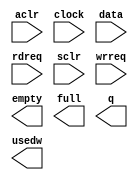
// This program was cloned from: https://github.com/cxdzyq1110/posture_recognition_CNN
// License: GNU General Public License v3.0

// megafunction wizard: %FIFO%VBB%
// GENERATION: STANDARD
// VERSION: WM1.0
// MODULE: scfifo 

// ============================================================
// Megafunction Name(s):
// 			scfifo
//
// Simulation Library Files(s):
// 			altera_mf
// ============================================================
// ************************************************************
// THIS IS A WIZARD-GENERATED FILE. DO NOT EDIT THIS FILE!
//
// 14.0.0 Build 200 06/17/2014 SJ Full Version
// ************************************************************

//Copyright (C) 1991-2014 Altera Corporation. All rights reserved.
//Your use of Altera Corporation's design tools, logic functions 
//and other software and tools, and its AMPP partner logic 
//functions, and any output files from any of the foregoing 
//(including device programming or simulation files), and any 
//associated documentation or information are expressly subject 
//to the terms and conditions of the Altera Program License 
//Subscription Agreement, the Altera Quartus II License Agreement,
//the Altera MegaCore Function License Agreement, or other 
//applicable license agreement, including, without limitation, 
//that your use is for the sole purpose of programming logic 
//devices manufactured by Altera and sold by Altera or its 
//authorized distributors.  Please refer to the applicable 
//agreement for further details.

module alt_fifo_4b_4096w (
	aclr,
	clock,
	data,
	rdreq,
	sclr,
	wrreq,
	empty,
	full,
	q,
	usedw);

	input	  aclr;
	input	  clock;
	input	[3:0]  data;
	input	  rdreq;
	input	  sclr;
	input	  wrreq;
	output	  empty;
	output	  full;
	output	[3:0]  q;
	output	[11:0]  usedw;

endmodule

// ============================================================
// CNX file retrieval info
// ============================================================
// Retrieval info: PRIVATE: AlmostEmpty NUMERIC "0"
// Retrieval info: PRIVATE: AlmostEmptyThr NUMERIC "-1"
// Retrieval info: PRIVATE: AlmostFull NUMERIC "0"
// Retrieval info: PRIVATE: AlmostFullThr NUMERIC "-1"
// Retrieval info: PRIVATE: CLOCKS_ARE_SYNCHRONIZED NUMERIC "0"
// Retrieval info: PRIVATE: Clock NUMERIC "0"
// Retrieval info: PRIVATE: Depth NUMERIC "4096"
// Retrieval info: PRIVATE: Empty NUMERIC "1"
// Retrieval info: PRIVATE: Full NUMERIC "1"
// Retrieval info: PRIVATE: INTENDED_DEVICE_FAMILY STRING "Cyclone V"
// Retrieval info: PRIVATE: LE_BasedFIFO NUMERIC "0"
// Retrieval info: PRIVATE: LegacyRREQ NUMERIC "0"
// Retrieval info: PRIVATE: MAX_DEPTH_BY_9 NUMERIC "0"
// Retrieval info: PRIVATE: OVERFLOW_CHECKING NUMERIC "0"
// Retrieval info: PRIVATE: Optimize NUMERIC "0"
// Retrieval info: PRIVATE: RAM_BLOCK_TYPE NUMERIC "0"
// Retrieval info: PRIVATE: SYNTH_WRAPPER_GEN_POSTFIX STRING "0"
// Retrieval info: PRIVATE: UNDERFLOW_CHECKING NUMERIC "0"
// Retrieval info: PRIVATE: UsedW NUMERIC "1"
// Retrieval info: PRIVATE: Width NUMERIC "4"
// Retrieval info: PRIVATE: dc_aclr NUMERIC "0"
// Retrieval info: PRIVATE: diff_widths NUMERIC "0"
// Retrieval info: PRIVATE: msb_usedw NUMERIC "0"
// Retrieval info: PRIVATE: output_width NUMERIC "4"
// Retrieval info: PRIVATE: rsEmpty NUMERIC "1"
// Retrieval info: PRIVATE: rsFull NUMERIC "0"
// Retrieval info: PRIVATE: rsUsedW NUMERIC "0"
// Retrieval info: PRIVATE: sc_aclr NUMERIC "1"
// Retrieval info: PRIVATE: sc_sclr NUMERIC "1"
// Retrieval info: PRIVATE: wsEmpty NUMERIC "0"
// Retrieval info: PRIVATE: wsFull NUMERIC "1"
// Retrieval info: PRIVATE: wsUsedW NUMERIC "0"
// Retrieval info: LIBRARY: altera_mf altera_mf.altera_mf_components.all
// Retrieval info: CONSTANT: ADD_RAM_OUTPUT_REGISTER STRING "OFF"
// Retrieval info: CONSTANT: INTENDED_DEVICE_FAMILY STRING "Cyclone V"
// Retrieval info: CONSTANT: LPM_NUMWORDS NUMERIC "4096"
// Retrieval info: CONSTANT: LPM_SHOWAHEAD STRING "ON"
// Retrieval info: CONSTANT: LPM_TYPE STRING "scfifo"
// Retrieval info: CONSTANT: LPM_WIDTH NUMERIC "4"
// Retrieval info: CONSTANT: LPM_WIDTHU NUMERIC "12"
// Retrieval info: CONSTANT: OVERFLOW_CHECKING STRING "ON"
// Retrieval info: CONSTANT: UNDERFLOW_CHECKING STRING "ON"
// Retrieval info: CONSTANT: USE_EAB STRING "ON"
// Retrieval info: USED_PORT: aclr 0 0 0 0 INPUT NODEFVAL "aclr"
// Retrieval info: USED_PORT: clock 0 0 0 0 INPUT NODEFVAL "clock"
// Retrieval info: USED_PORT: data 0 0 4 0 INPUT NODEFVAL "data[3..0]"
// Retrieval info: USED_PORT: empty 0 0 0 0 OUTPUT NODEFVAL "empty"
// Retrieval info: USED_PORT: full 0 0 0 0 OUTPUT NODEFVAL "full"
// Retrieval info: USED_PORT: q 0 0 4 0 OUTPUT NODEFVAL "q[3..0]"
// Retrieval info: USED_PORT: rdreq 0 0 0 0 INPUT NODEFVAL "rdreq"
// Retrieval info: USED_PORT: sclr 0 0 0 0 INPUT NODEFVAL "sclr"
// Retrieval info: USED_PORT: usedw 0 0 12 0 OUTPUT NODEFVAL "usedw[11..0]"
// Retrieval info: USED_PORT: wrreq 0 0 0 0 INPUT NODEFVAL "wrreq"
// Retrieval info: CONNECT: @aclr 0 0 0 0 aclr 0 0 0 0
// Retrieval info: CONNECT: @clock 0 0 0 0 clock 0 0 0 0
// Retrieval info: CONNECT: @data 0 0 4 0 data 0 0 4 0
// Retrieval info: CONNECT: @rdreq 0 0 0 0 rdreq 0 0 0 0
// Retrieval info: CONNECT: @sclr 0 0 0 0 sclr 0 0 0 0
// Retrieval info: CONNECT: @wrreq 0 0 0 0 wrreq 0 0 0 0
// Retrieval info: CONNECT: empty 0 0 0 0 @empty 0 0 0 0
// Retrieval info: CONNECT: full 0 0 0 0 @full 0 0 0 0
// Retrieval info: CONNECT: q 0 0 4 0 @q 0 0 4 0
// Retrieval info: CONNECT: usedw 0 0 12 0 @usedw 0 0 12 0
// Retrieval info: GEN_FILE: TYPE_NORMAL alt_fifo_4b_4096w.v TRUE
// Retrieval info: GEN_FILE: TYPE_NORMAL alt_fifo_4b_4096w.inc FALSE
// Retrieval info: GEN_FILE: TYPE_NORMAL alt_fifo_4b_4096w.cmp FALSE
// Retrieval info: GEN_FILE: TYPE_NORMAL alt_fifo_4b_4096w.bsf FALSE
// Retrieval info: GEN_FILE: TYPE_NORMAL alt_fifo_4b_4096w_inst.v FALSE
// Retrieval info: GEN_FILE: TYPE_NORMAL alt_fifo_4b_4096w_bb.v TRUE
// Retrieval info: LIB_FILE: altera_mf